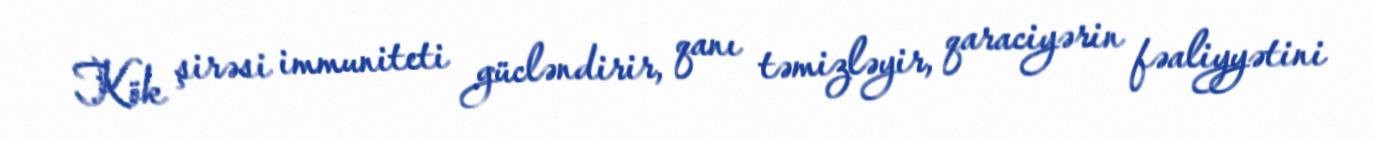
Kök şirəsi immuniteti gücləndirir, qanı təmizləyir, qaraciyərin fəaliyyətini